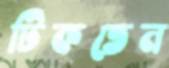
টিকতেন